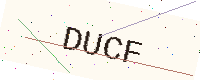
Text: DUCF